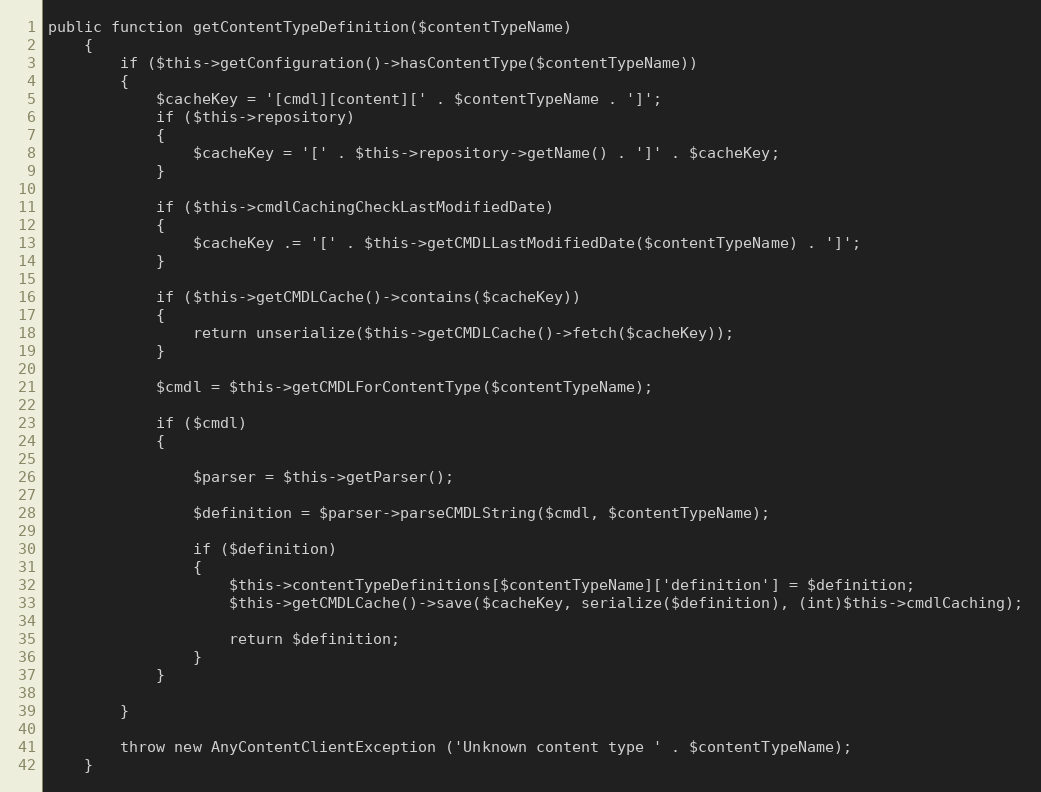
Language: PHP
public function getContentTypeDefinition($contentTypeName)
    {
        if ($this->getConfiguration()->hasContentType($contentTypeName))
        {
            $cacheKey = '[cmdl][content][' . $contentTypeName . ']';
            if ($this->repository)
            {
                $cacheKey = '[' . $this->repository->getName() . ']' . $cacheKey;
            }

            if ($this->cmdlCachingCheckLastModifiedDate)
            {
                $cacheKey .= '[' . $this->getCMDLLastModifiedDate($contentTypeName) . ']';
            }

            if ($this->getCMDLCache()->contains($cacheKey))
            {
                return unserialize($this->getCMDLCache()->fetch($cacheKey));
            }

            $cmdl = $this->getCMDLForContentType($contentTypeName);

            if ($cmdl)
            {

                $parser = $this->getParser();

                $definition = $parser->parseCMDLString($cmdl, $contentTypeName);

                if ($definition)
                {
                    $this->contentTypeDefinitions[$contentTypeName]['definition'] = $definition;
                    $this->getCMDLCache()->save($cacheKey, serialize($definition), (int)$this->cmdlCaching);

                    return $definition;
                }
            }

        }

        throw new AnyContentClientException ('Unknown content type ' . $contentTypeName);
    }